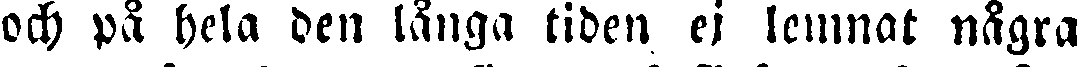
och på hela den långa tiden ej lemnat några